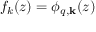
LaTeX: f _ { k } ( z ) = \phi _ { q , \mathbf { k } } ( z )